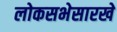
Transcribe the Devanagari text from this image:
लोकसभेसारखे